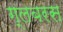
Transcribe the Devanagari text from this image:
ग्लबरस